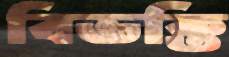
বিভক্তি